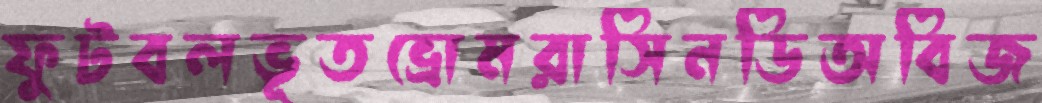
ফুটবলভূতভ্রোমরাসিনডিঅবিজ